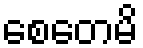
စေတေမိ